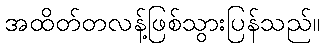
အထိတ်တလန့်ဖြစ်သွားပြန်သည်။